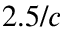
2 . 5 / c